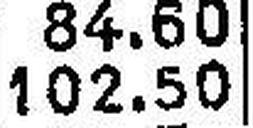
102.50